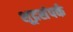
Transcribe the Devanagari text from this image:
शूद्रसंपर्क